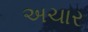
અચાર